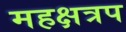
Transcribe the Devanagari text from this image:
महक्षत्रप